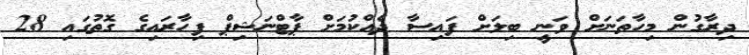
ދިރާގުން މިހާތަނަށް ވަނީ ބިލަށް ފައިސާ ދެއްކުމަށް ޕާޓްނަޝިޕް ފިހާރައިގެ ގޮތުގައި 28